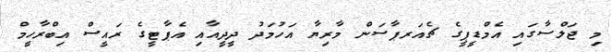
މި ޖަލްސާގައި އެމްޑީޕީގެ ޗެއަރޕާސަން މާރިޔާ އަހުމަދު ދީދީއާއި އެޕާޓީގެ ރައީސް އިބްރާހީމް